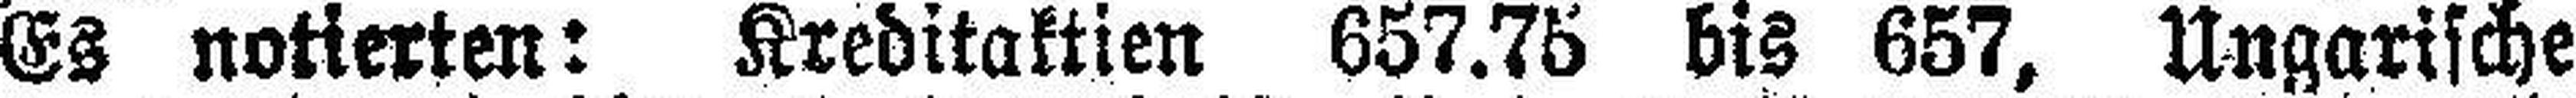
Es notierten: Kreditaktien 657.75 bis 657, Ungarische